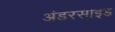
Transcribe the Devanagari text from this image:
अंडरसाइड